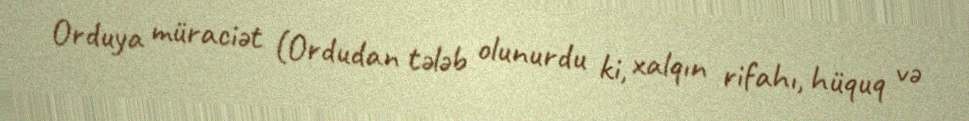
Orduya müraciət (Ordudan tələb olunurdu ki, xalqın rifahı, hüquq və